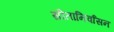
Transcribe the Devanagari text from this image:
सीतानिर्वासन